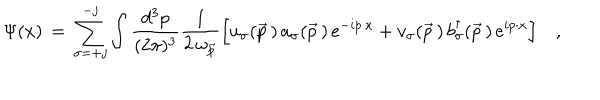
LaTeX: \Psi ( x ) \, = \, \sum _ { \sigma = + j } ^ { - j } \int { \frac { d ^ { 3 } p } { ( 2 \pi ) ^ { 3 } } } { \frac { 1 } { 2 \, \omega _ { \vec { p } } } } \Big [ u _ { \sigma } ( \vec { p } \, ) \, a _ { \sigma } ( \vec { p } \, ) \, e ^ { - i p \cdot x } + v _ { \sigma } ( \vec { p } \, ) \, b _ { \sigma } ^ { \dagger } ( \vec { p } \, ) \, e ^ { i p \cdot x } \Bigr ] \quad ,